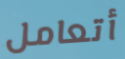
أتعامل